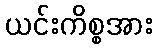
ယင်းကိစ္စအား